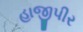
હાજીપીર